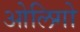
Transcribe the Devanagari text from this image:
ओलिगो